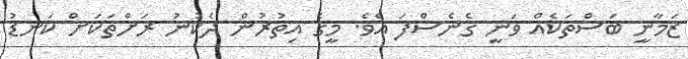
ޒަމާނީ ބަސްތަކެއް ވަނީ ގެނެސްފަ އެވެ. މީގެ އިތުރުން ދެކުނު ރަށްތަކަށް ކަނޑު